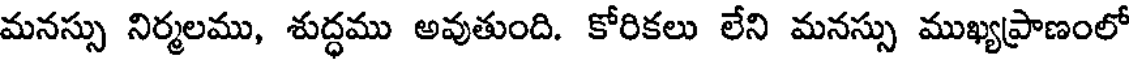
మనస్సు నిర్మలము, శుద్ధము అవుతుంది. కోరికలు లేని మనస్సు ముఖ్యప్రాణంలో